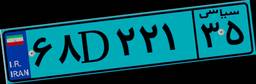
۶۸D۲۲۱۳۵